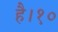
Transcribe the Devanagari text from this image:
है।१०